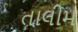
તાલીમ